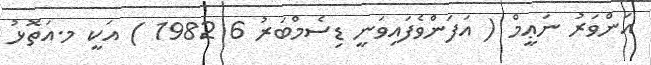
އަންވަރު ނަޢީމް ( އަފަންވެފައިވަނީ ޑިސެމްބަރު 6 1982 ) އަކީ މ.އަތޮޅު